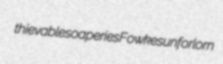
thievable soaperies Fowkes unforlorn